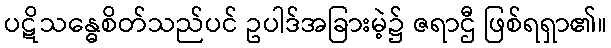
ပဋိသန္ဓေစိတ်သည်ပင် ဥပါဒ်အခြားမဲ့၌ ဇရာဌီ ဖြစ်ရရှာ၏။